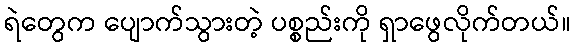
ရဲတွေက ပျောက်သွားတဲ့ ပစ္စည်းကို ရှာဖွေလိုက်တယ်။